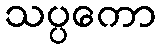
သပ္ပကော